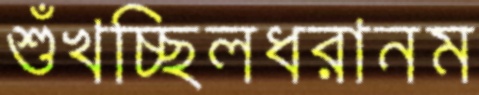
শুঁখচ্ছিলধরানম